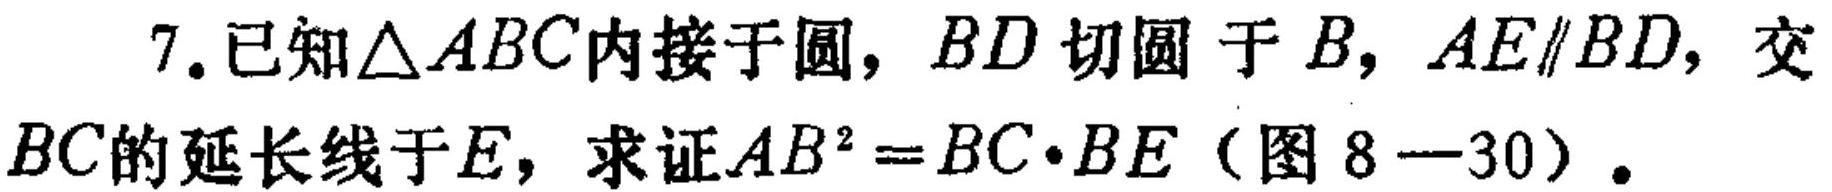
7.已知$\triangle ABC$内接于圆，$BD$切圆于$B$，$AE\parallel BD$，交$BC$的延长线于$E$，求证$AB^{2}=BC\cdot BE$（图8—30）。